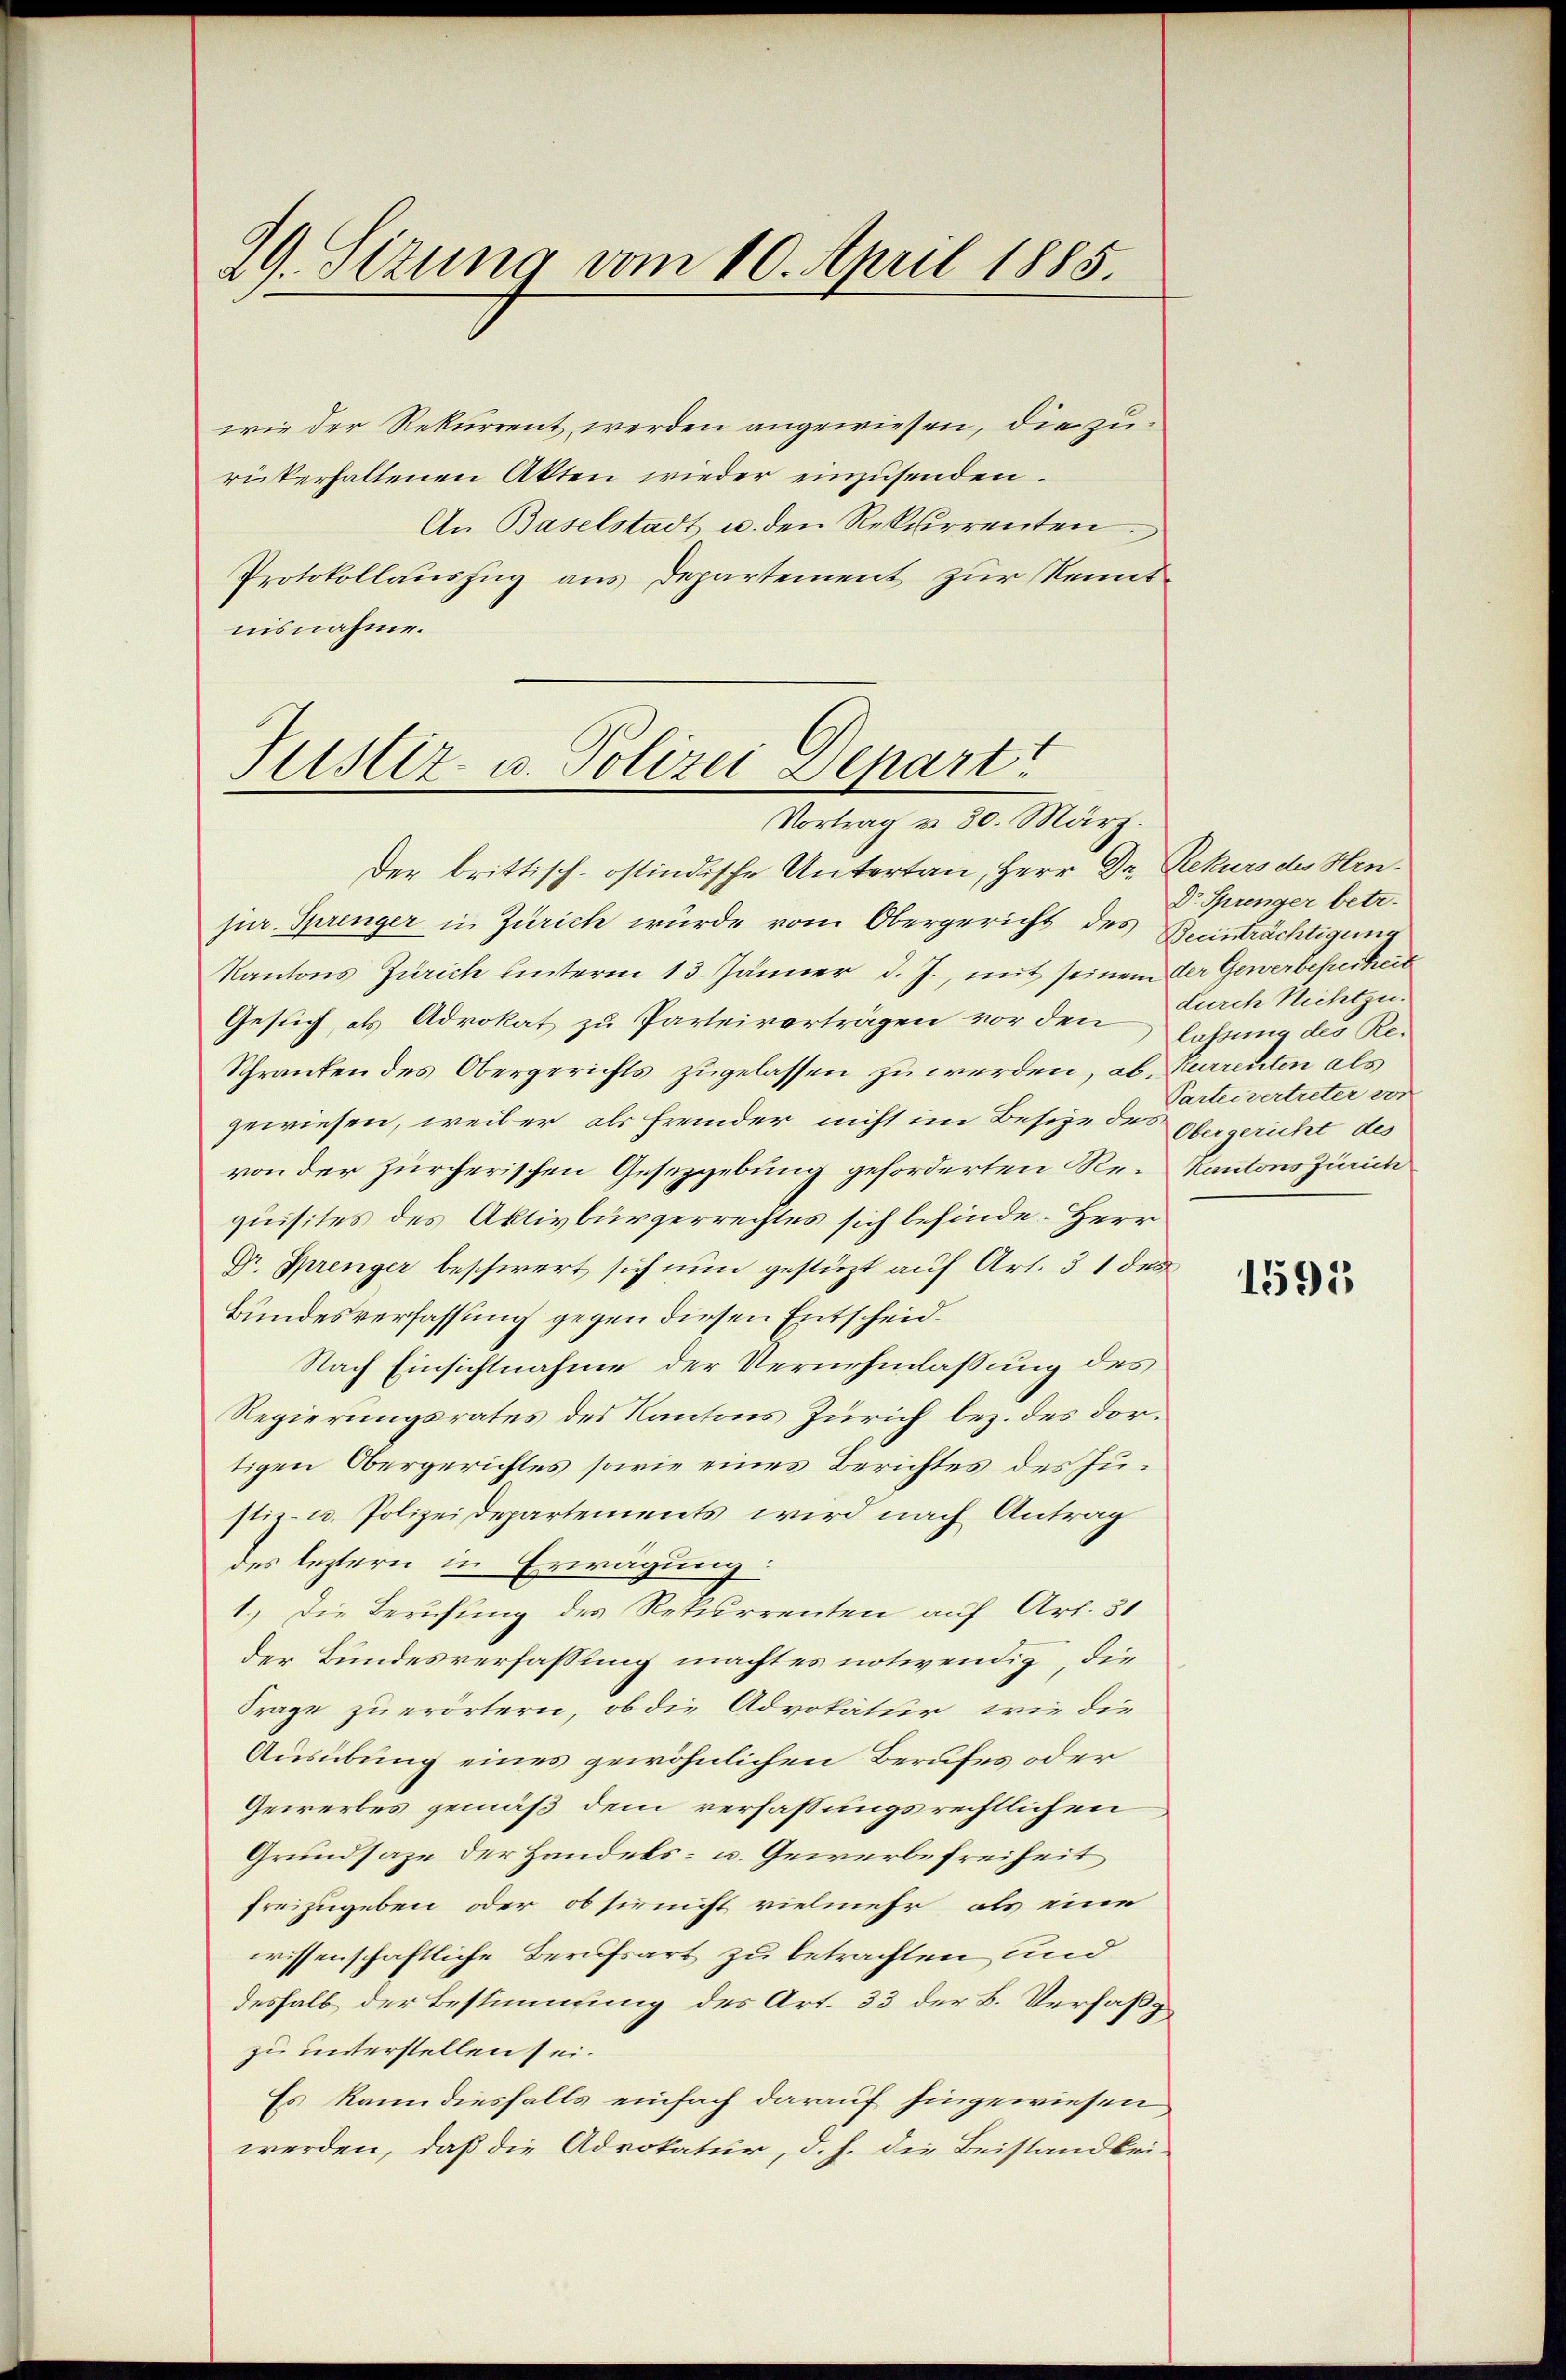
29. Sizung vom 10. April 1885.

wie der Rekurrent werden angewiesen, die zurükerhaltenen Akten wieder einzusenden.
An Baselstadt u. den Rekurrenten
Protokollauszug aus Departement zur Kenntnisnahme.

Justiz- u. Polizei Depart
Vortrag v. 30. März.

Der brittisch-ostindische Untertan, Herr Dr. Rekurs des Hrn.
jur. Springer in Zürich würde vom Obergericht des Beeinträchtigung
Kantons Zürich unterm 13. Jänner d. J., mit seinem der Gewerbefreiheit
Gesuch, als Advokat zu Parteiverträgen vor den letzung des Re¬
Schranken des Obergerichts zugelassen zu werden, ab. Kurrenten als
gewiesen, weil er als fremder nicht im Besize des Obergericht des
von der zürcherischen Gesetzgebung geforderten Re-Kantons Zürich
quisites des Aktivbürgerrechtes sich befinde Herr
Dr. Sprenger beschwert sich nun gestüzt auf Art. 31 des
Bundesverfassung gegen diesen Entscheid¬
Nach Einsichtnahme der Vernehmlassung des
Regierungsrates des Kantons Zürich bez. des dortigen Obergerichtes sowie eines Berichtes des Justiz- u. Polizeidepartements wird nach Antrag
des leztern in Erwägung:
1.) Die Berufung des Rekurrenten auf Art. 31
der Bundesverfassung machtes notwendig, die
Frage zu erörtern, ob die Advokatur, wie die
Ausübung eines gewöhnlichen Berufes oder
Gewerbes gemäß dem verfassungsrechtlichen
Grundsaze der Handels- u. Gewerbefreiheit
freizugeben, oder ob sie nicht vielmehr als eine
wissenschaftliche Berufsart zu betrachten und
deshalb der Bestimmung des Art. 33 der B. Verfaßzu unterstellen sei.
Es kann diesfalls einfach darauf hingewiesen
werden, daß die Advokatur, d. h. die Beistandbei¬

Dr. Sprenger betr.
durch Nichtzu.
Parteivertreter vor

1595